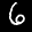
Label: 6